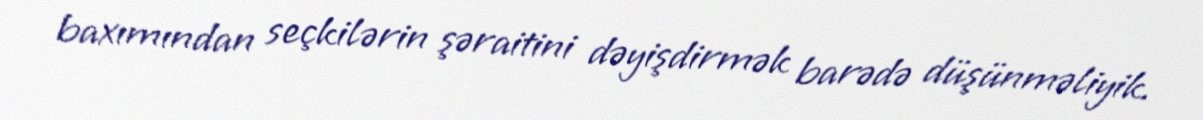
baxımından seçkilərin şəraitini dəyişdirmək barədə düşünməliyik.